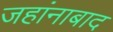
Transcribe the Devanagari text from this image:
जहांनाबाद